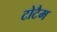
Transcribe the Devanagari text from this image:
टोटैम